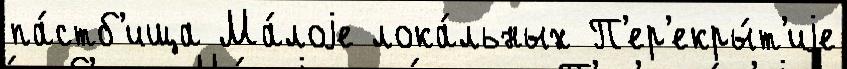
па́стб'ища Ма́лоjе лока́льных П'ер'екры́т'иjе